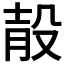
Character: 𣪎